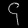
Digit: ၄